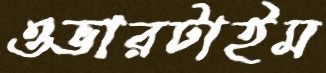
ওভারটাইম